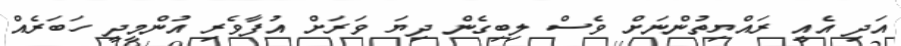
އަދި އެއީ ރައްޔިތުންނަށް ވެސް ލިބިގެން ދިޔަ ވަރަށް އުފާވެރި އުންމީދީ ހަބަރެއް